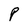
Character: P